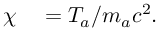
\begin{array} { r l } { \chi } & { { } = T _ { a } / m _ { a } c ^ { 2 } . } \end{array}